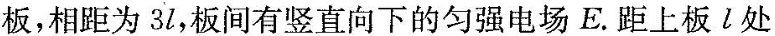
板，相距为31，板间有竖直向下的匀强电场E。距上板l处